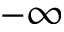
- \infty